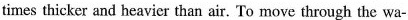
times thicker and heavier than air. To move through the wa-